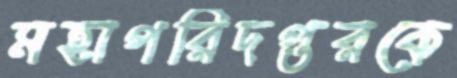
মহাপরিদপ্তরকে